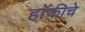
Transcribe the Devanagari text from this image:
हाॅकीचे